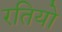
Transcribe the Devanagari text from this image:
रतियो